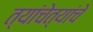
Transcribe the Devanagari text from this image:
त्यांचेत्यांचे